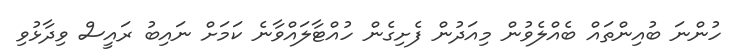
ހުންނަ ބުއިންތައް ބެއްލެވުން މިއަދުން ފެށިގެން ހުއްޓާލައްވާނެ ކަމަށް ނައިބު ރައީސް ވިދާޅުވި